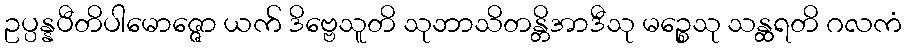
ဥပ္ပန္နပီတိပါမောဇ္ဇော ယက် ဒိဗ္ဗေသူတိ သုဘာသိတန္တိအာဒီသု မဉ္စေသု သန္ထရတိ ဂလကံ